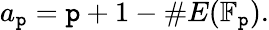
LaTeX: a_{\mathtt{p}}=\mathtt{p}+1-\# E(\mathbb{{F}}_{\mathtt{p}}).